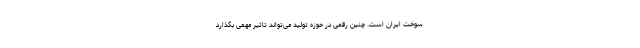
سوخت ایران است. چنین رقمی در حوزه تولید می‌تواند تاثیر مهمی بگذارد